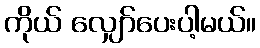
ကိုယ် လျှော်ပေးပါ့မယ်။